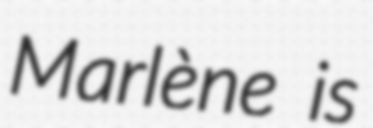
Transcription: Marlène is